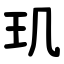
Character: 玑